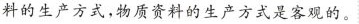
料的生产方式，物质资料的生产方式是客观的。